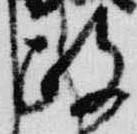
政